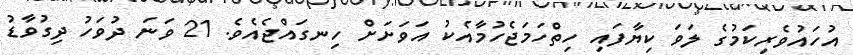
އުހައުވެރިކަމުގެ ލަވަ ކިޔާފައި ހިތްހަމަޖެހުމާއެކު އަވަށަށް ހިނގައްޖެއެވެ. 21 ވަނަ ދުވަހު ދިގުވާޑު